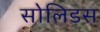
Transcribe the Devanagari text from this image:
सोलिडस